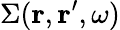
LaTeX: \Sigma(\boldsymbol{\mathbf{r}},\boldsymbol{\mathbf{r}}^{\prime},\omega)